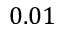
0 . 0 1